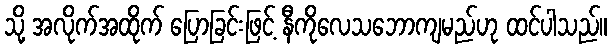
သို့ အလိုက်အထိုက် ပြောခြင်းဖြင့် နီကိုလေသဘောကျမည်ဟု ထင်ပါသည်။